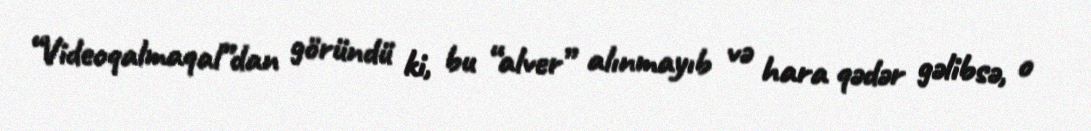
“Videoqalmaqal”dan göründü ki, bu “alver” alınmayıb və hara qədər gəlibsə, o